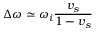
\Delta \omega \simeq \omega _ { i } \frac { v _ { s } } { 1 - v _ { s } }